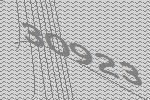
30923